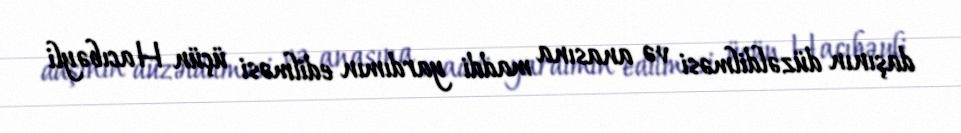
daşının düzəldilməsi və anasına maddi yardımın edilməsi üçün Hacıbəyli